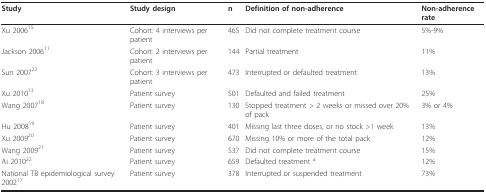
<table><thead><tr><td><b>Study</b></td><td><b>Study design</b></td><td><b>n</b></td><td><b>Definition of non-adherence</b></td><td><b>Non-adherence rate</b></td></tr></thead><tbody><tr><td>Xu 2006<sup>15</sup></td><td>Cohort: 4 interviews per patient</td><td>465</td><td>Did not complete treatment course</td><td>5%-9%</td></tr><tr><td>Jackson 2006<sup>11</sup></td><td>Cohort: 2 interviews per patient</td><td>144</td><td>Partial treatment</td><td>11%</td></tr><tr><td>Sun 2007<sup>23</sup></td><td>Cohort: 3 interviews per patient</td><td>473</td><td>Interrupted or defaulted treatment</td><td>13%</td></tr><tr><td>Xu 2010<sup>13</sup></td><td>Patient survey</td><td>501</td><td>Defaulted and failed treatment</td><td>25%</td></tr><tr><td>Wang 2007<sup>18</sup></td><td>Patient survey</td><td>130</td><td>Stopped treatment &gt; 2 weeks or missed over 20% of pack</td><td>3% or 4%</td></tr><tr><td>Hu 2008<sup>19</sup></td><td>Patient survey</td><td>401</td><td>Missing last three doses, or no stock &gt;1 week</td><td>13%</td></tr><tr><td>Xu 2009<sup>20</sup></td><td>Patient survey</td><td>670</td><td>Missing 10% or more of the total pack</td><td>12%</td></tr><tr><td>Wang 2009<sup>21</sup></td><td>Patient survey</td><td>537</td><td>Did not complete treatment course</td><td>15%</td></tr><tr><td>Ai 2010<sup>22</sup></td><td>Patient survey</td><td>659</td><td>Defaulted treatment <sup>a</sup></td><td>12%</td></tr><tr><td>National TB epidemiological survey 2002<sup>17</sup></td><td>Patient survey</td><td>378</td><td>Interrupted or suspended treatment</td><td>73%</td></tr></tbody></table>